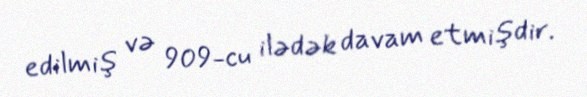
edilmiş və 909-cu ilədək davam etmişdir.